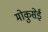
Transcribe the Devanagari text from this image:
मोकुसेई